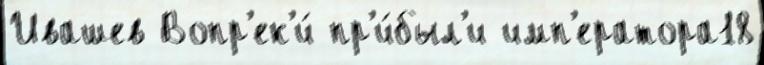
Ивашев Вопр'ек'и́ пр'и́был'и имп'ератора18